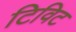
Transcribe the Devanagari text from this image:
टिविट